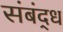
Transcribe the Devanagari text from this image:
संबंद्‌ध